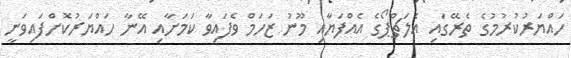
ހައްޔަރުކުރުމުގެ ތެރޭގައި އެލަޗްޕޯގެ އެއްފަޔާއި މޫނު ޒަހަމް ވެފައިވާ ކަމަށާއި އޭނާ ހައްޔަރުކޮށްފައިވަނީ